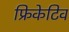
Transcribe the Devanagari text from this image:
फ्रिकेटिव